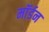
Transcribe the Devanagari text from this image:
माॅर्डन